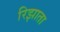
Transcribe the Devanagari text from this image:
रिझाता